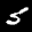
Label: 5